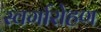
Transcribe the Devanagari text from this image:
स्‍वर्गारोहण